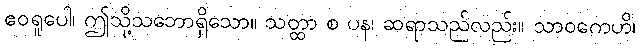
ဧဝရူပေါ၊ ဤသို့သဘောရှိသော။ သတ္ထာ စ ပန၊ ဆရာသည်လည်း။ သာဝကေဟိ၊